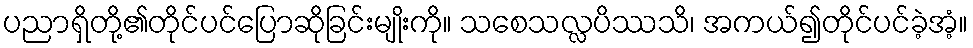
ပညာရှိတို့၏တိုင်ပင်ပြောဆိုခြင်းမျိုးကို။ သစေသလ္လပိဿသိ၊ အကယ်၍တိုင်ပင်ခဲ့အံ့။